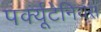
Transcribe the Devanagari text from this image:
पर्क्यूटेनियस